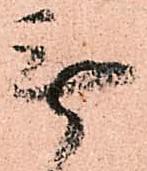
無